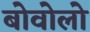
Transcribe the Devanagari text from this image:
बोवोलो